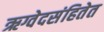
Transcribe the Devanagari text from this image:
ऋग्वेदसंहितेत